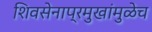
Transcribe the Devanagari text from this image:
शिवसेनाप्रमुखांमुळेच